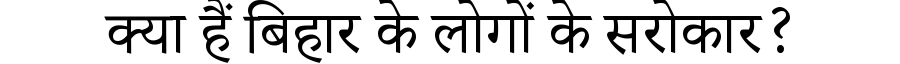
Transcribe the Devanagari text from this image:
क्या हैं बिहार के लोगों के सरोकार?